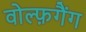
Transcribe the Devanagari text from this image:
वोल्फ़गैंग